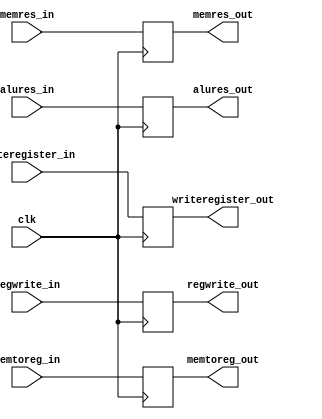
module buffer4(
	input clk,
	input regwrite_in,
	input memtoreg_in,
	input [31:0]memres_in,
	input [31:0]alures_in,
	input [4:0]writeregister_in,
	
	output reg regwrite_out,
	output reg memtoreg_out,
	output reg [31:0]memres_out,
	output reg [31:0]alures_out,
	output reg [4:0]writeregister_out
);

always @(posedge clk)
	begin
		regwrite_out = regwrite_in;
		memtoreg_out = memtoreg_in;
		memres_out = memres_in;
		alures_out = alures_in;
		writeregister_out = writeregister_in;
	end 
	
endmodule